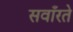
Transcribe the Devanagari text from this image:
सवाँरते